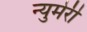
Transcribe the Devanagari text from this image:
न्युमेरी